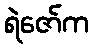
ရဲဇော်က